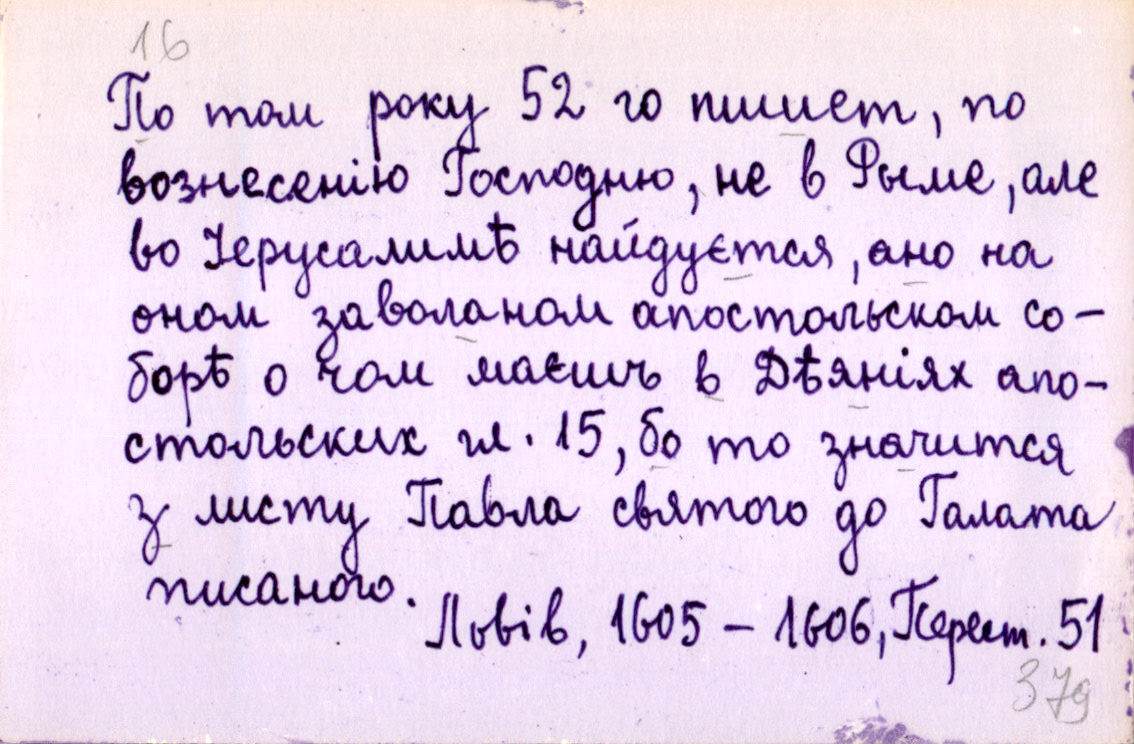
По том року 52 го пишет, по
вознесенію Господню, не в Рымѣ, але
во Іерусалимѣ найдуєтся, ано на
оном заволаном апостольском со-
борѣ о чом маєшъ в Дѣяніях апо-
стольских гл. 15, бо то значится
з листу Павла святого до Галата
писаного. 
Львів, 1605-1606, Перест. 51